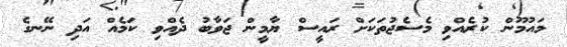
މައުމޫން ކުރެއްވި މެސެޖުތަކަށް ރައީސް ޔާމީން ޖަވާބު ދެއްވި ކަމެއް އަދި ނޭނގެ